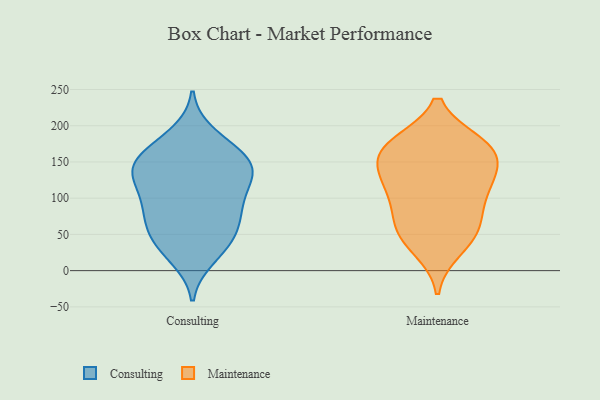
{"axis": {"x": "Production Output", "y": "Value"}, "legend": ["Consulting", "Maintenance"], "data": [{"x": "", "y": 71, "type": "Consulting"}, {"x": "", "y": 174, "type": "Consulting"}, {"x": "", "y": 147, "type": "Consulting"}, {"x": "", "y": 105, "type": "Consulting"}, {"x": "", "y": 134, "type": "Consulting"}, {"x": "", "y": 91, "type": "Consulting"}, {"x": "", "y": 44, "type": "Consulting"}, {"x": "", "y": 188, "type": "Consulting"}, {"x": "", "y": 137, "type": "Consulting"}, {"x": "", "y": 143, "type": "Consulting"}, {"x": "", "y": 56, "type": "Consulting"}, {"x": "", "y": 119, "type": "Consulting"}, {"x": "", "y": 149, "type": "Consulting"}, {"x": "", "y": 18, "type": "Consulting"}, {"x": "", "y": 46, "type": "Consulting"}, {"x": "", "y": 163, "type": "Consulting"}, {"x": "", "y": 27, "type": "Consulting"}, {"x": "", "y": 140, "type": "Consulting"}, {"x": "", "y": 77, "type": "Consulting"}, {"x": "", "y": 91, "type": "Consulting"}, {"x": "", "y": 170, "type": "Maintenance"}, {"x": "", "y": 101, "type": "Maintenance"}, {"x": "", "y": 173, "type": "Maintenance"}, {"x": "", "y": 115, "type": "Maintenance"}, {"x": "", "y": 81, "type": "Maintenance"}, {"x": "", "y": 175, "type": "Maintenance"}, {"x": "", "y": 30, "type": "Maintenance"}, {"x": "", "y": 140, "type": "Maintenance"}, {"x": "", "y": 122, "type": "Maintenance"}, {"x": "", "y": 132, "type": "Maintenance"}, {"x": "", "y": 170, "type": "Maintenance"}, {"x": "", "y": 161, "type": "Maintenance"}, {"x": "", "y": 48, "type": "Maintenance"}, {"x": "", "y": 63, "type": "Maintenance"}, {"x": "", "y": 53, "type": "Maintenance"}]}